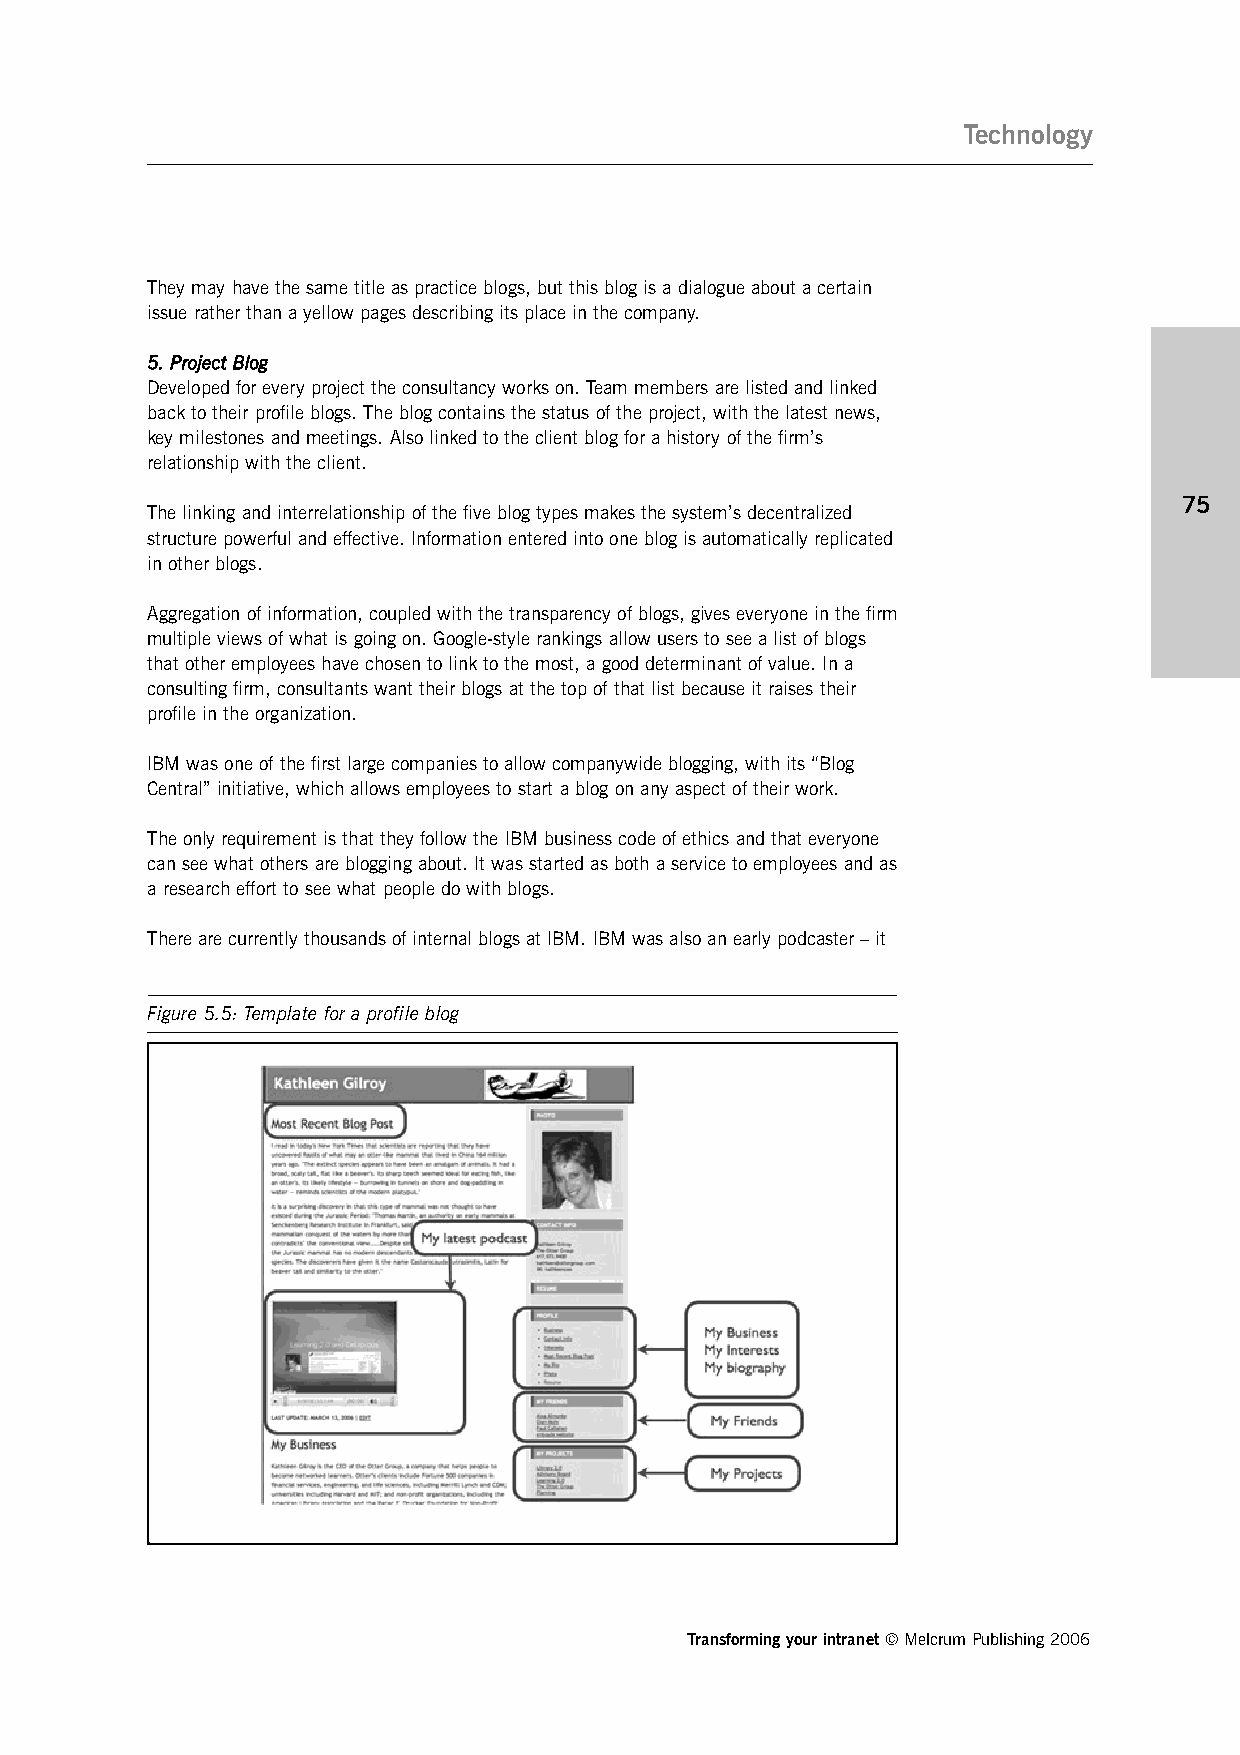
Technology
 They may have the same title as practice blogs, but this blog is a dialogue about a certain
 issue rather than a yellow pages describing its place in the company.
 55.. PPrroojjeecctt BBlloogg
 Developed for every project the consultancy works on. Team members are listed and linked
 back to their profile blogs. The blog contains the status of the project, with the latest news,
 key milestones and meetings. Also linked to the client blog for a history of the firm’s
 relationship with the client.
 75
 The linking and interrelationship of the five blog types makes the system’s decentralized
 structure powerful and effective. Information entered into one blog is automatically replicated
 in other blogs.
 Aggregation of information, coupled with the transparency of blogs, gives everyone in the firm
 multiple views of what is going on. Google-style rankings allow users to see a list of blogs
 that other employees have chosen to link to the most, a good determinant of value. In a
 consulting firm, consultants want their blogs at the top of that list because it raises their
 profile in the organization.
 IBM was one of the first large companies to allow companywide blogging, with its “Blog
 Central” initiative, which allows employees to start a blog on any aspect of their work.
 The only requirement is that they follow the IBM business code of ethics and that everyone
 can see what others are blogging about. It was started as both a service to employees and as
 a research effort to see what people do with blogs.
 There are currently thousands of internal blogs at IBM. IBM was also an early podcaster – it
 Figure 5.5: Template for a profile blog
 Transforming your intranet © Melcrum Publishing 2006